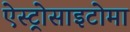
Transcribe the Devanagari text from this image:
ऐस्ट्रोसाइटोमा